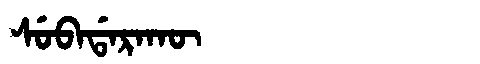
Manchu: ᠰᡠᠪᠠᡩᠠᡵᠠᡴᡡ
Romanization: SUBADARAKŪ